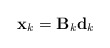
\begin{align*}{\mathbf{x}_k} = {{\mathbf{B}}_k {\mathbf{d}}_k }\end{align*}